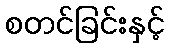
စတင်ခြင်းနှင့်